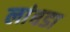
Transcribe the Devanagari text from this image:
लांबडा